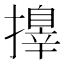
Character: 𢶓